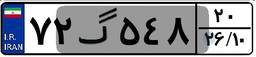
۸۹گ۲۱۷۲۳